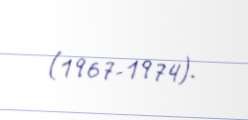
(1967-1974).